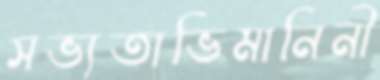
সভ্যতাভিমানিনী